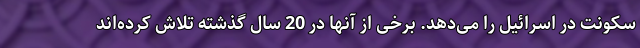
سکونت در اسرائیل را می‌دهد. برخی از آنها در 20 سال گذشته تلاش کرده‌اند